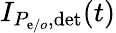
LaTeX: I_{P_{\mathrm{e}/o},\mathrm{{d\mathrm{e}t}}}(t)